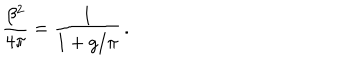
\frac { \beta ^ { 2 } } { 4 \pi } = \frac { 1 } { 1 + g / \pi } \, .